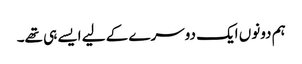
ہم دونوں ایک دوسرے کے لیے ایسے ہی تھے۔